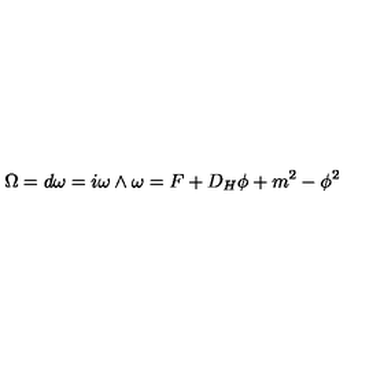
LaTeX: \Omega = d \omega = i \omega \wedge \omega = F + D _ { H } \phi + m ^ { 2 } - \phi ^ { 2 }